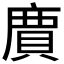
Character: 𮚊